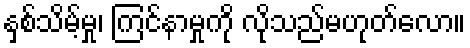
နှစ်သိမ့်မှု၊ ကြင်နာမှုကို လိုသည်မဟုတ်လော။